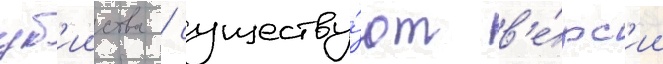
уб'ииства / существу́ют в'е́рс'ии